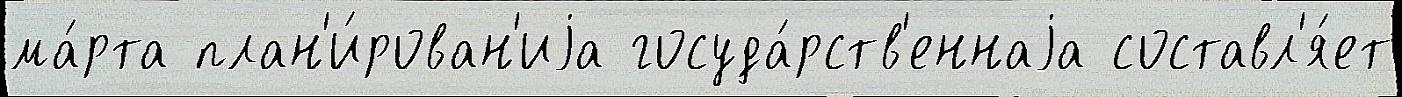
ма́рта план'и́рован'иjа госуда́рств'еннаjа составл'я́ет